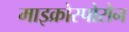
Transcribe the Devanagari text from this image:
माइक्रोस्पोरोन